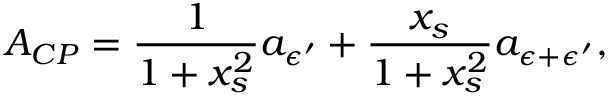
{ \cal A } _ { C P } = \frac { 1 } { 1 + x _ { s } ^ { 2 } } a _ { { \epsilon } ^ { \prime } } + \frac { x _ { s } } { 1 + x _ { s } ^ { 2 } } a _ { { \epsilon } + { \epsilon } ^ { \prime } } ,